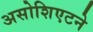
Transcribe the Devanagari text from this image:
असोशिएटने